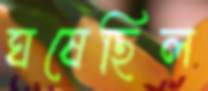
ঘষেছিল